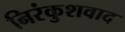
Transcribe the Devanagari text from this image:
निरंकुशवाद